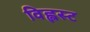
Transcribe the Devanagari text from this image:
विह्लस्ट